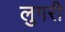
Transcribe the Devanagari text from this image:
लुगरी